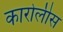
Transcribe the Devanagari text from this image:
कारोलीस